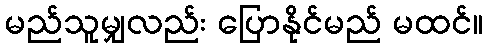
မည်သူမျှလည်း ပြောနိုင်မည် မထင်။